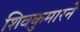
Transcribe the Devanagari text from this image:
शिवकुमारने